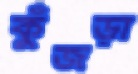
কুঁজড়া